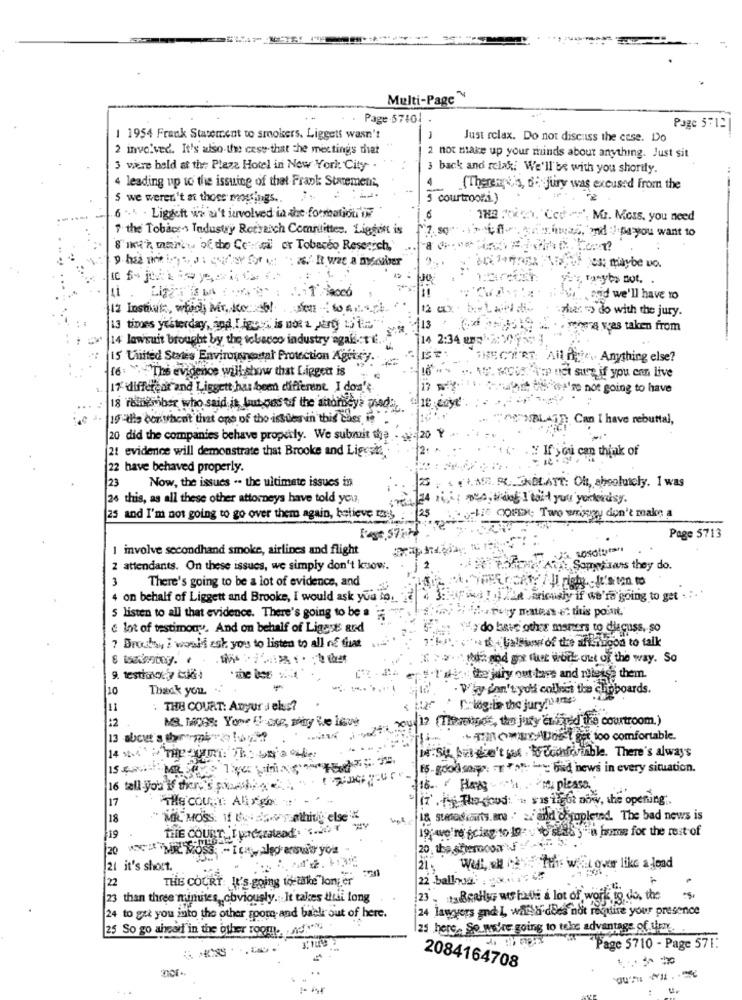
Multi-Page™
Page 57101 .
Page 5712
I 1954 Frank Statement to smokers. Liggett wasn't
Just relax. Do not discuss the case. Do
2 involved. It's also-the cese-that the meetings that
2 not make up your minds about anything. Just sit
3 wire held at the Plaza Hotel in New York City .
3 back and relax; We'll'be with you shortly.
4 leading up to the issuing of that Frank: Statement,
(Therem\'s, de jury was excused from the
5 we weren't at those mossings ..
5 courtrooma)
6 ... . Ligdeft wi a't involved in the formation'in
Cco .""", Mr. Moss, you need
" the Tobaces Industry Rotsaich Compitittes. Liggent is
7. 50
tan inaz, onid :/ De you want 10
8' m'a manier of the Coral or Tobacco Research,'
..
.
Tony's not.
41
., and we'll have to
12 Instant, which Mr. No: 15/ 0 6 61404
12 cox .
zhec => do with the jury.
13 times yesterday, and,I igces is not a party s'il="
13
miners vras taken from
14 lawsuit brought by the tobacco industry agais TE.
14 2:34 amp
S United States Environencasal Protection Agikey.
HECT'RT: Ail nye .. Anything else?
16: " +"The evidence will show that Lipgen is
.. 15 KC512 ni sure if you en live
17 different and Liggett has been different. I don't
· Souhait the we're not going to have
18 resneriber who said it lutypes of the attorney's padic.
. 19 -illa boryhent that one of the issues in this cher is
De"MBLATI Can I have rebuttal,
20 did the companies behave property. We submit the
20 8
21 evidence will demonstrate that Brooke and Ligest".
12:
: If you can think of
22 have behaved properly.
23
Now, the issues .. the ultimate issues in
. ( +. A. PL_CKDLATT: Oh, sheolutely. I was
26 this, as all these other attorneys have told you
25 and I'm not going to go over them again, believe mas
-LES COUEN; Two whisky don't make a
Page 5713
I involve secondhand smoke, airlines and flight
Vi cosolyan
2 attendants. On these issues, we simply don't know.
A Somvisas they do.
3
There's going to be a lot of evidence, and
on behalf of Liggett and Brooke, I would ask yua to.
> SupostoWAR pricely if we're going to get . .
i.e.purry matias et this point.
5 listen to all that evidence. There's going to be a
& lot of testimony. And on behalf of Ligasts and
5-431 THe do have other maners to discuss, so
"we th- Laleise'of the af iscon to talk
7 Brochas I would ask you to listen to all of that
>>dgx faut work out of the way. So
9. testiakce,y cukkči!
""lay. the jury out tare and niets them
10
Thank you
Why can't you collect the chipp
Upboards.
C. legiis the juryflyttes
: THE COURT: ADyur J elas?
12
per hoy 12 (Theveninos, the jury en fired te courtroom.)
++AREADO oo comfortable.
M.Sit, but-din't sos . Rfcichforinble. There's always
15-good says: "E "oh L= bad news in every situation.
16 tall you if dere's poorly
16. Hagy
17
THE COURT: Ally go
(7' . - The-good: . sis ilett now, the opening.
18
MIL MOSS. 11 to: 25y athity else
18 suaskants.are . a. and demopleind. The bad news is
THE COURT, I pocoratead: "0")
19:we're going to 19:vb seks y a home for the rest of
19
20
21 it's short.
Wul, &H .t . Tthis will over like a lond
22
THE COURT: It's going to take"longer
22 -ballon
23
than three minutes, obviously. It takes thui long
23
- to BeaHyG ws hade a lot of work to
ork to. do. the
24 lawyers and I walldi does not require your presence
24 to get you into the other soom-and bable out of here.
25 So go ahead in the other room. now,
25 here. Se wwire going to take advantage of then.
Page 5710 - Page 571:
2084164708